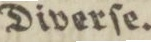
Diverſe.